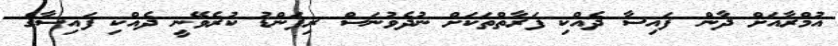
އުމްރާއަށް ދާން ފައިސާ ދެއްކި ފަރާތްތަކަށް ނުދެވުނަސް ރިފަންޑު ކުރެވޭނީ ދެއްކި ފައިސާގެ